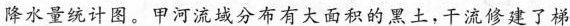
降水量统计图。甲河流域分布有大面积的黑土，干流修建了梯